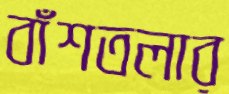
বাঁশতলার